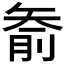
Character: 𱳟